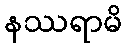
နဿရာမိ